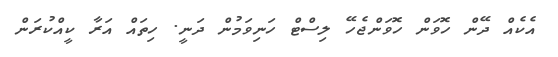
އެކެއް ދޭން ހޮވަން ހޮވަންޖެހޭ ލިސްޓް ހަނިވަމުން ދަނީ. ހިތައް އަރާ ކީއްކުރަން